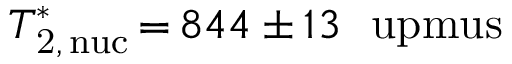
T _ { \mathrm { 2 , \, n u c } } ^ { \ast } \, { = } \, 8 4 4 \pm 1 3 ~ \mathrm { \ u p m u s }